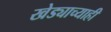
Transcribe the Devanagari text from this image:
खेड्याच्याही